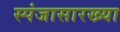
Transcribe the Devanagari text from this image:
स्पंजासारख्या